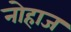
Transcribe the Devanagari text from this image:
नोहाज